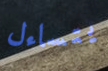
يتساءل